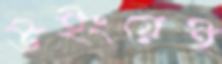
উইংয়েই